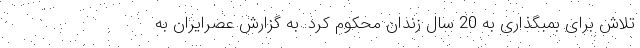
تلاش برای بمبگذاری به 20 سال زندان محکوم کرد. به گزارش عصرایران به